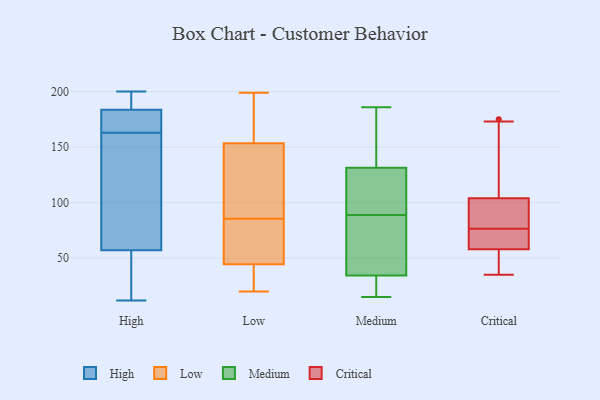
{"axis": {"x": "Budget (USD K)", "y": "Value"}, "legend": ["Critical", "High", "Low", "Medium"], "data": [{"x": "", "y": 180, "type": "High"}, {"x": "", "y": 159, "type": "High"}, {"x": "", "y": 173, "type": "High"}, {"x": "", "y": 40, "type": "High"}, {"x": "", "y": 85, "type": "High"}, {"x": "", "y": 192, "type": "High"}, {"x": "", "y": 12, "type": "High"}, {"x": "", "y": 200, "type": "High"}, {"x": "", "y": 185, "type": "High"}, {"x": "", "y": 85, "type": "High"}, {"x": "", "y": 172, "type": "High"}, {"x": "", "y": 44, "type": "High"}, {"x": "", "y": 48, "type": "High"}, {"x": "", "y": 188, "type": "High"}, {"x": "", "y": 163, "type": "High"}, {"x": "", "y": 154, "type": "Low"}, {"x": "", "y": 70, "type": "Low"}, {"x": "", "y": 128, "type": "Low"}, {"x": "", "y": 153, "type": "Low"}, {"x": "", "y": 199, "type": "Low"}, {"x": "", "y": 23, "type": "Low"}, {"x": "", "y": 30, "type": "Low"}, {"x": "", "y": 42, "type": "Low"}, {"x": "", "y": 116, "type": "Low"}, {"x": "", "y": 101, "type": "Low"}, {"x": "", "y": 161, "type": "Low"}, {"x": "", "y": 47, "type": "Low"}, {"x": "", "y": 70, "type": "Low"}, {"x": "", "y": 186, "type": "Low"}, {"x": "", "y": 20, "type": "Low"}, {"x": "", "y": 50, "type": "Low"}, {"x": "", "y": 94, "type": "Medium"}, {"x": "", "y": 69, "type": "Medium"}, {"x": "", "y": 20, "type": "Medium"}, {"x": "", "y": 15, "type": "Medium"}, {"x": "", "y": 124, "type": "Medium"}, {"x": "", "y": 30, "type": "Medium"}, {"x": "", "y": 36, "type": "Medium"}, {"x": "", "y": 186, "type": "Medium"}, {"x": "", "y": 89, "type": "Medium"}, {"x": "", "y": 165, "type": "Medium"}, {"x": "", "y": 154, "type": "Medium"}, {"x": "", "y": 116, "type": "Medium"}, {"x": "", "y": 37, "type": "Medium"}, {"x": "", "y": 105, "type": "Critical"}, {"x": "", "y": 107, "type": "Critical"}, {"x": "", "y": 173, "type": "Critical"}, {"x": "", "y": 75, "type": "Critical"}, {"x": "", "y": 76, "type": "Critical"}, {"x": "", "y": 44, "type": "Critical"}, {"x": "", "y": 77, "type": "Critical"}, {"x": "", "y": 40, "type": "Critical"}, {"x": "", "y": 103, "type": "Critical"}, {"x": "", "y": 71, "type": "Critical"}, {"x": "", "y": 98, "type": "Critical"}, {"x": "", "y": 175, "type": "Critical"}, {"x": "", "y": 45, "type": "Critical"}, {"x": "", "y": 102, "type": "Critical"}, {"x": "", "y": 74, "type": "Critical"}, {"x": "", "y": 35, "type": "Critical"}]}